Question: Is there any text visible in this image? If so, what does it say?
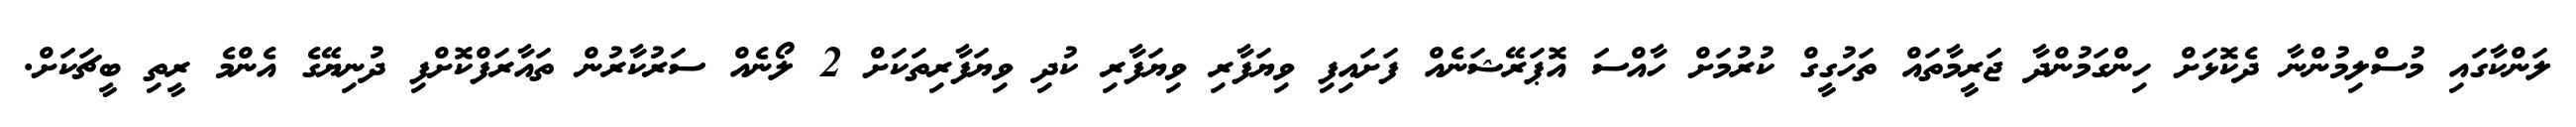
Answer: ލަންކާގައި މުސްލިމުންނާ ދެކޮޅަށް ހިންގަމުންދާ ޖަރީމާތައް ތަހުގީގް ކުރުމަށް ހާއްސަ އޮޕަރޭޝަނެއް ފަށައިފި ވިޔަފާރި ވިޔަފާރި ކުދި ވިޔަފާރިތަކަށް 2 ލޯނެއް ސަރުކާރުން ތައާރަފްކޮށްފި ދުނިޔޭގެ އެންމެ ރީތި ބީޗަކަށް.